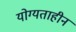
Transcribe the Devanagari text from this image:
योग्यताहीन